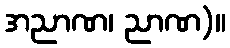
အညာဏ၊ ညာဏ)။